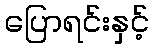
ပြောရင်းနှင့်